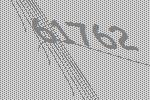
61762